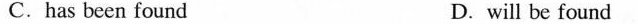
C.has been found D. will be found